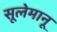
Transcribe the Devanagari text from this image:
सूलेमानू